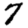
Digit: 7